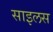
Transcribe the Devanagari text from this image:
साइलस